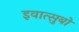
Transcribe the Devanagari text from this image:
इवात्सुबो